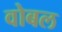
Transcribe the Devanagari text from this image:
वोबल